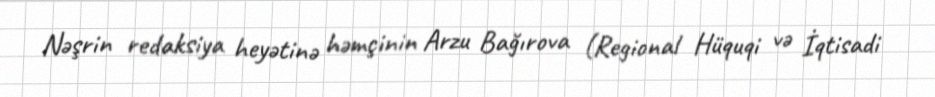
Nəşrin redaksiya heyətinə həmçinin Arzu Bağırova (Regional Hüquqi və İqtisadi